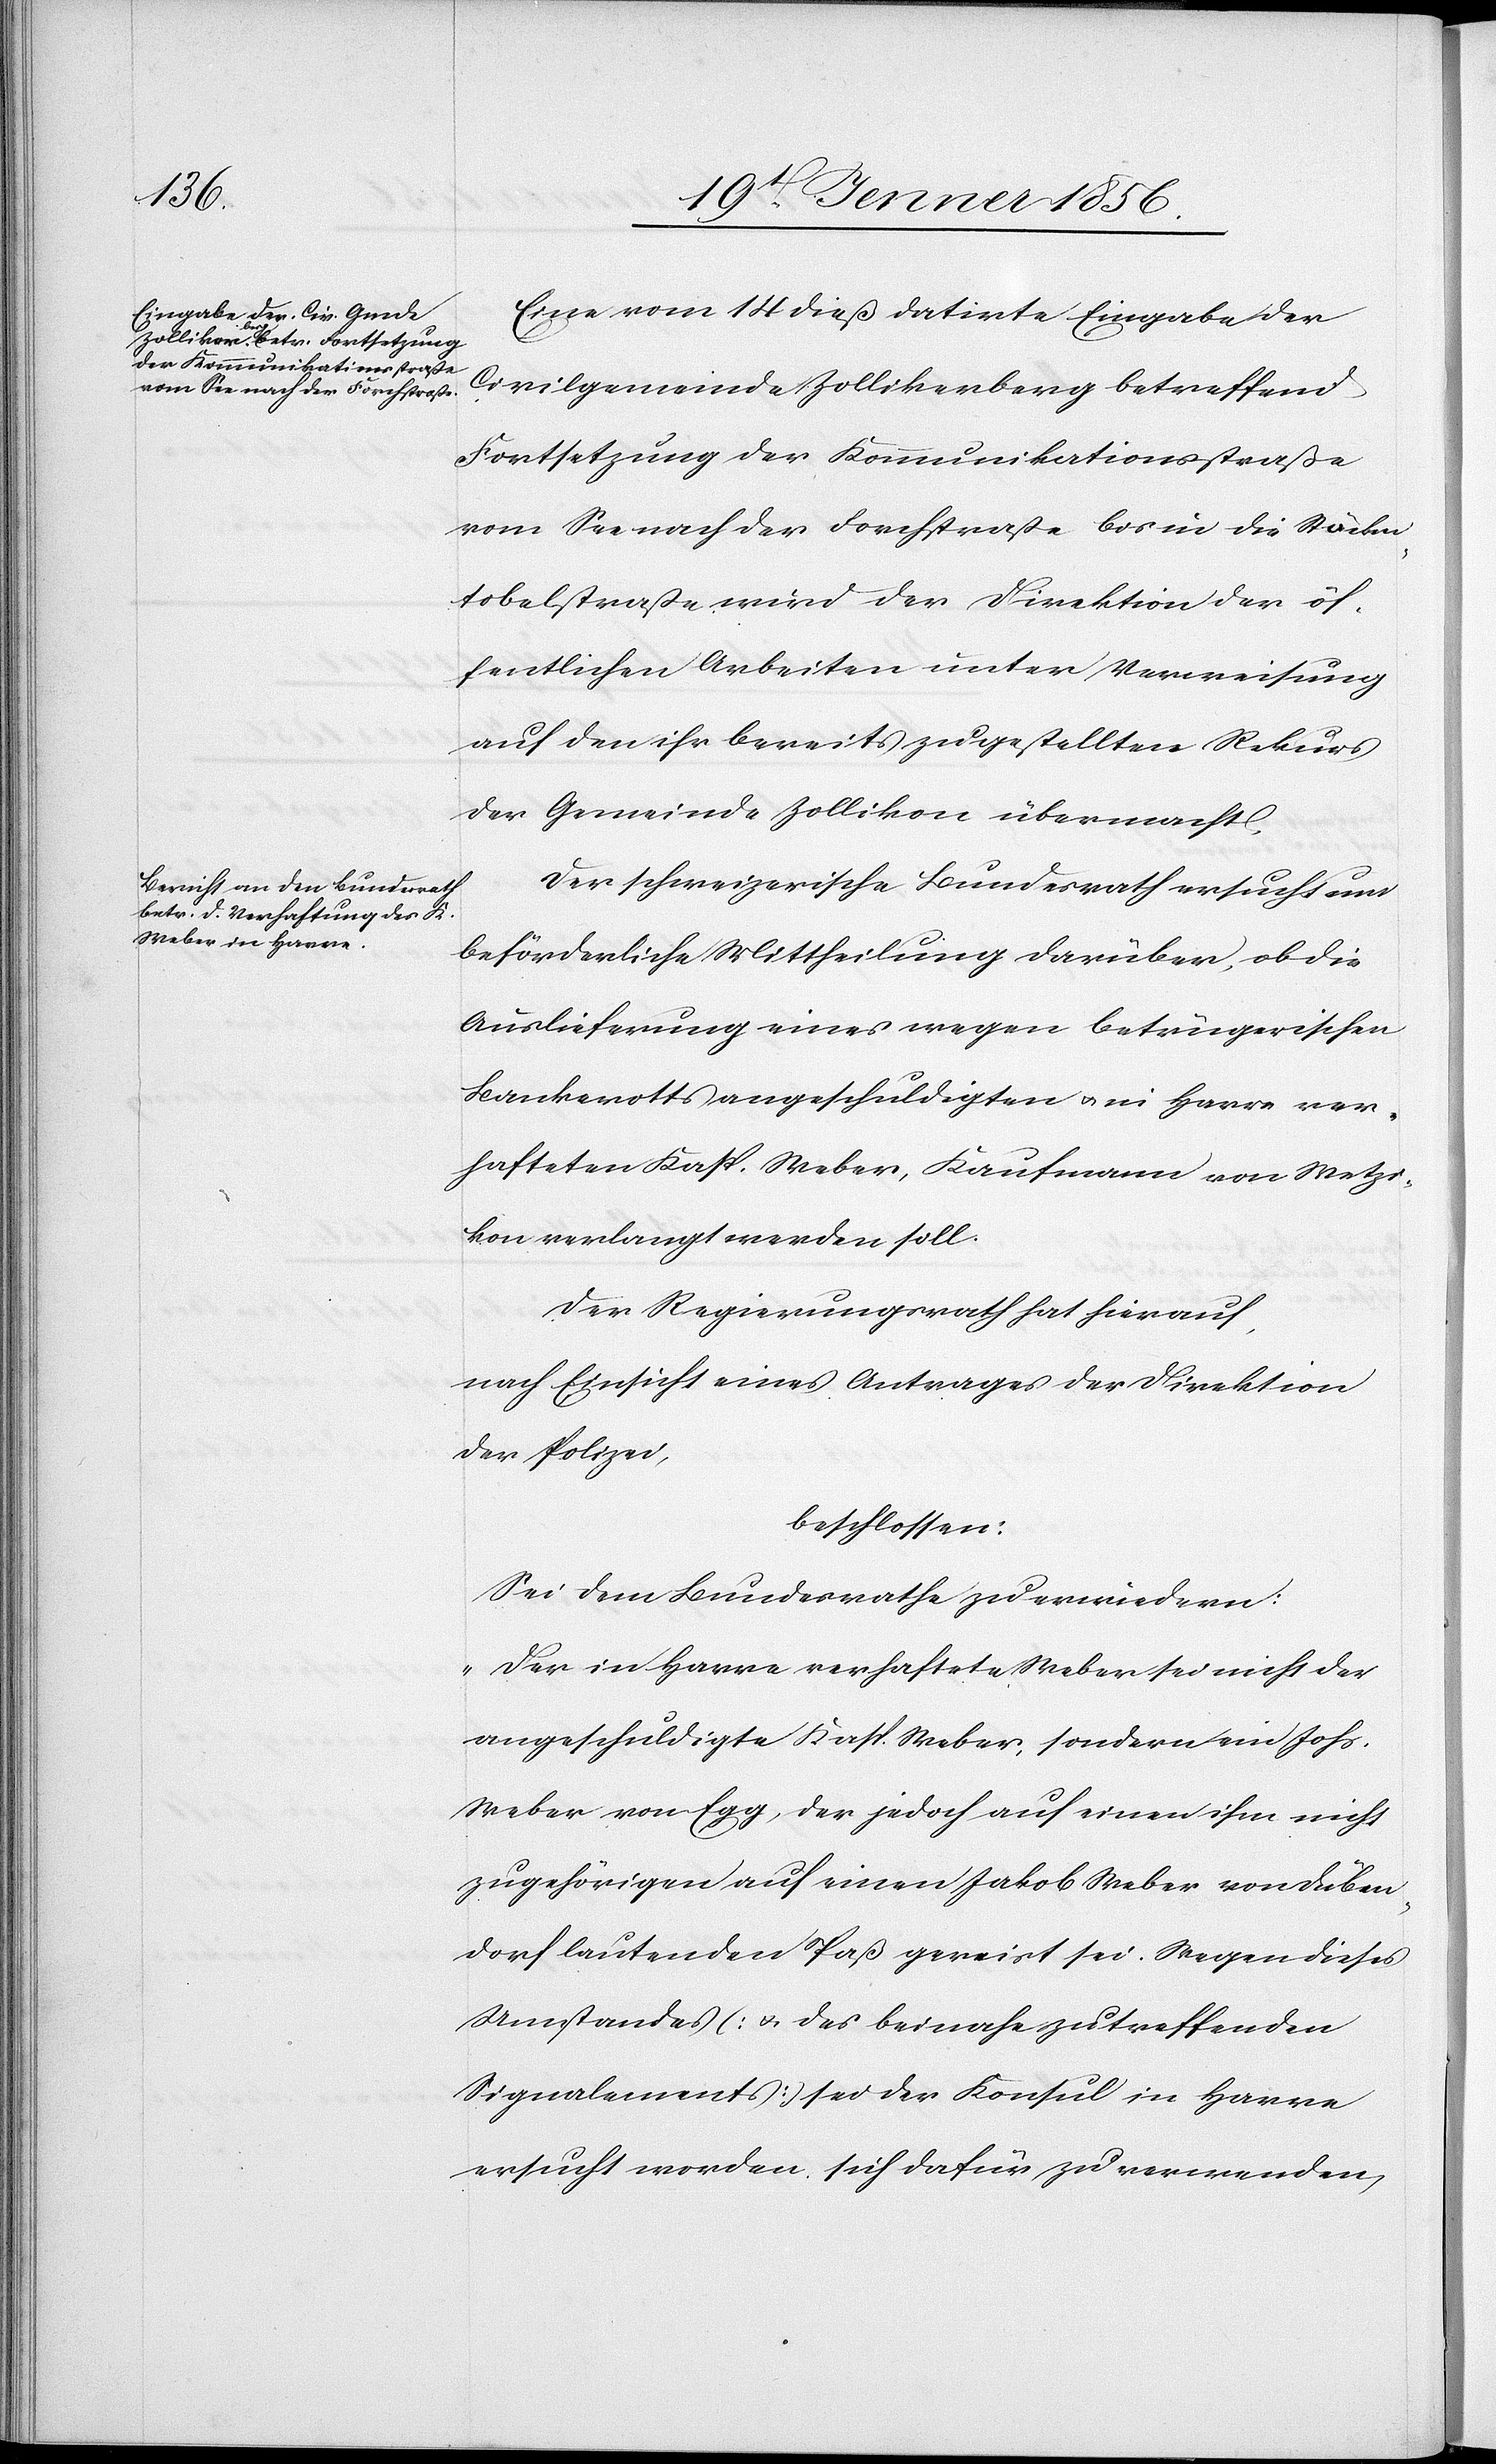
1856.]

Eine vom 14 dieß datirte Eingabe der
Civilgemeinde Zollikerberg betreffend
Fortsetzung der Kommunikationsstraße
vom See nach der Forchstraße bis in die Stöcken¬
tobelstraße wird der Direktion der öf¬
fentlichen Arbeiten unter Verweisung
auf den ihr bereits zugestellten Rekurs
der Gemeinde Zollikon übermacht.
Der schweizerische Bundesrath ersucht um
beförderliche Mittheilung darüber, ob die
Auslieferung eines wegen betrügerischen
Bankerotts angeschuldigten u. in Havre ver¬
hafteten Kasp. Weber, Kaufmann von Wetzi¬
kon verlangt werden soll.
Der Regierungsrath hat hierauf,
nach Einsicht eines Antrages der Direktion
der Polizei,
beschlossen:
Sei dem Bundesrathe zu erwiedern:
„Der in Havre verhaftete Weber sei nicht der
angeschuldigte Kasp. Weber, sondern ein Johs.
Weber von Egg, der jedoch auf einen ihm nicht
zugehörigen auf einen Jakob Weber von Düben¬
dorf lautenden Paß gereist sei. Wegen dieses
Umstandes [u. des beinahe zutreffenden
Signalements] sei der Konsul in Havre
ersucht worden, sich dafür zu verwenden,